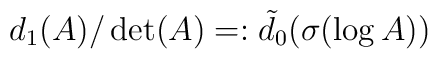
d_1(A)/\det(A)=:\tilde{d}_0(\sigma(\log A))